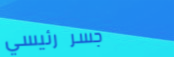
جسر رئيسي